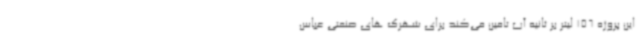
این پروژه 156 لیتر بر ثانیه آب تامین می‌کند برای شهرک های صنعتی عباس